system: You are a helpful assistant.
user:
Analyze the provided spectrum to determine if it is a **S-type Star**.

- **Key Indicators for S-type Star:**

    - **(Overall Spectrum Shape):** The first and most obvious characteristic is the overall continuum (the "baseline" shape). It is **extremely "red-sloping,"** meaning the flux (light intensity) is very low on the left side (blue, ~4000-4500 Å) and rises steeply and continuously toward the right side (red, ~7000 Å+).

    - **(Primary):** The spectrum is defined by the presence of strong, broad molecular absorption "valleys" (bands) from **Zirconium Oxide (ZrO)**. The identification of these bands is the **primary requirement** for classifying a star as S-type.
        - **(Key Bandheads):** You must find distinct, deep "dips" where the light has been absorbed. The most critical band systems to locate are:
            - **~6474 Å** ($\gamma$-system): This is often the strongest and clearest ZrO feature, found in the red part of the spectrum.
            - **~5718 Å** & **~5551 Å** ($\beta$-system): A pair of prominent absorption features in the yellow-orange part of the spectrum.
            - **~4640 Å** ($\alpha$-system): A key absorption band system in the blue-green region of the spectrum.

    - **(Secondary Confirmation):** The classification is strengthened by finding additional absorption bands from other related heavy element oxides, which are expected to be present alongside ZrO.
        - **(Key Bandheads):**
            - **Yttrium Oxide (YO):** Look for absorption dips near **~4800 Å** and **~6100 Å**.
            - **Lanthanum Oxide (LaO):** Additional absorption features, particularly in the red-orange part of the spectrum, are also characteristic.

    - **(Line Profile):** The combination of the steep red continuum and these numerous, deep molecular bands (ZrO, YO, etc.) gives the entire spectrum a very **"chopped-up"** or **"bumpy"** appearance. Instead of a smooth curve, the spectrum looks as though large, wide chunks of light have been "carved out" of it at the specific wavelengths listed above.

Think first, call **spectral_visualization_tool** if needed to examine features in detail, then provide your final answer. Your response must adhere to the following strict rules:
1.  **Overall Structure:** Your response must follow the format `<think>...</think> <tool_call>...</tool_call> (if a tool is used) <answer>...</answer>`.
2.  **Tool Usage Constraint:** You may only make **one** tool call per turn.
3.  **Final Answer Format:** In the `<answer>` tag, your conclusion must be inside a `\boxed{}` command (e.g., `\boxed{YES}` or `\boxed{NO}`), followed by your justification.

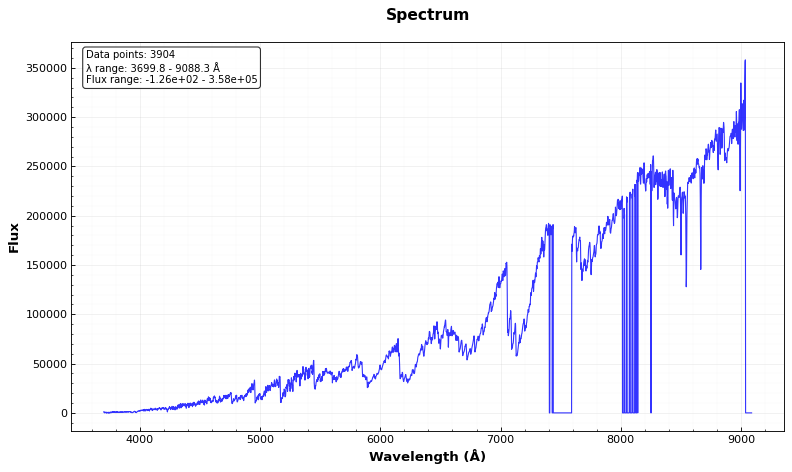
Answer: YES